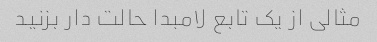
مثالی از یک تابع لامبدا حالت دار بزنید